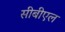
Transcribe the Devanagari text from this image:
सीबीएल